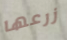
زرعها